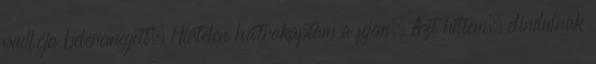
padlója beleremegett. Hirtelen hátrakaptam a fejem. Azt hittem, elindulnak